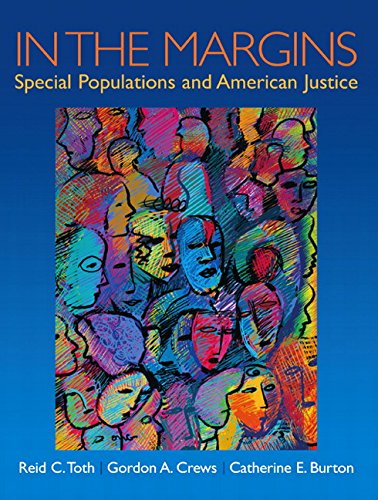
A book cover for In the Margins: Special Populations and American Justice; Reid C. Toth; Law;